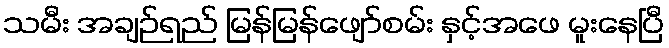
သမီး အချဉ်ရည် မြန်မြန်ဖျော်စမ်း နှင့်အဖေ မူးနေပြီ